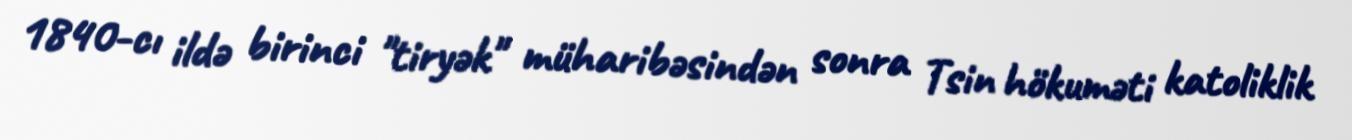
1840-cı ildə birinci "tiryək" müharibəsindən sonra Tsin hökuməti katoliklik